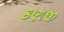
કણજી